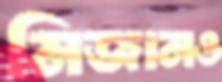
মিজানও